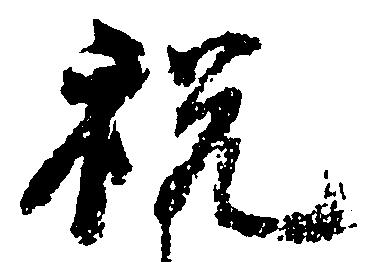
税